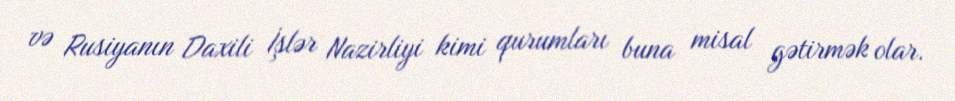
və Rusiyanın Daxili İşlər Nazirliyi kimi qurumları buna misal gətirmək olar.